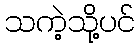
သကဲ့သို့ပင်